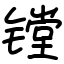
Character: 镗